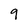
Character: 9